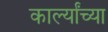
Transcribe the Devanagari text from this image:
कार्ल्यांच्या